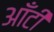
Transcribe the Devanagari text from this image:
आँटी